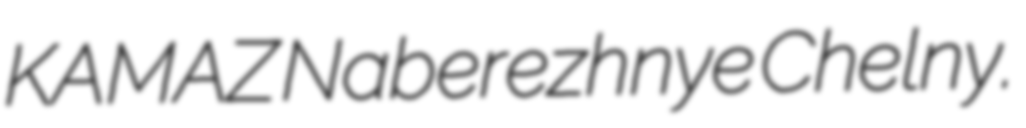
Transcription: KAMAZ Naberezhnye Chelny.